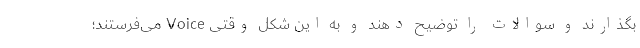
بگذارند و سوالات را توضیح دهند و به این شکل وقتی Voice می‌فرستند؛